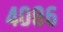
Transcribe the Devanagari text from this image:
४०८६